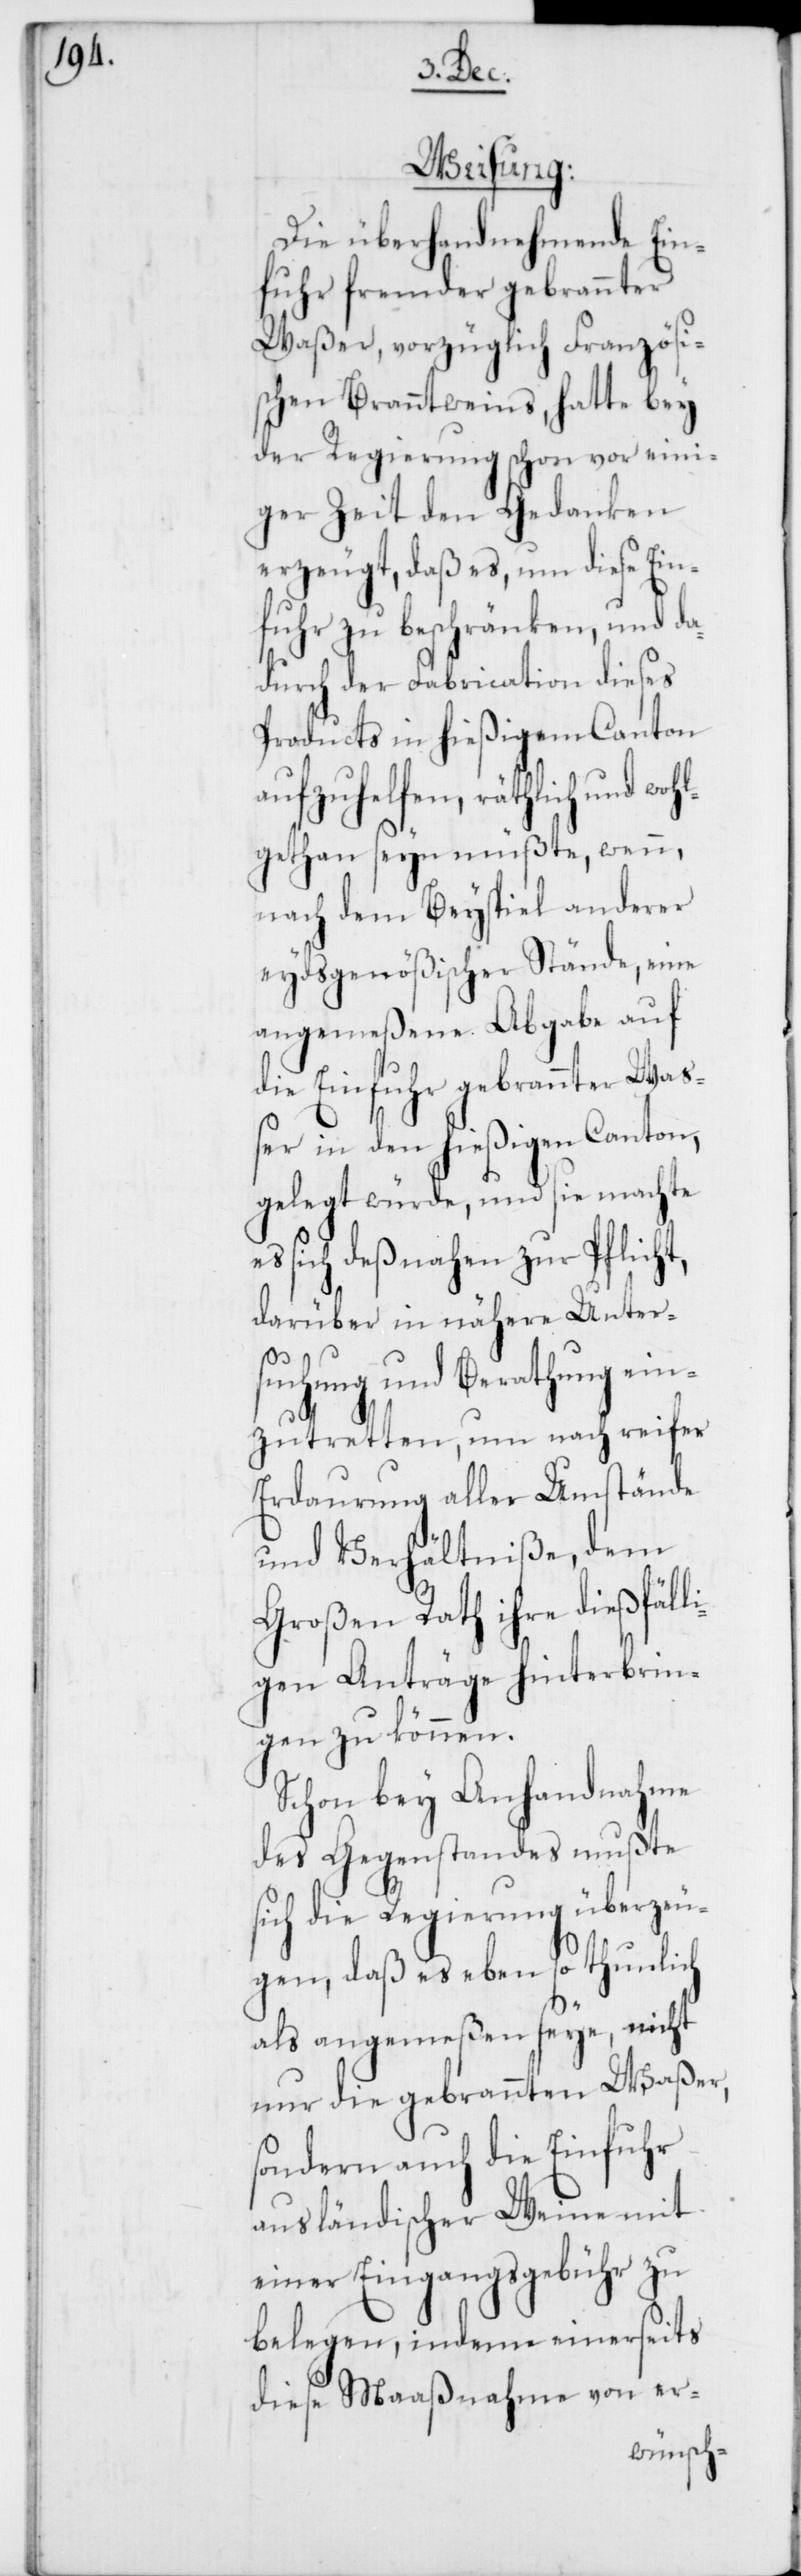
Weisung.
Die überhandnehmende Ein¬
fuhr fremder gebrannter
Waßer, vorzüglich Französi¬
schen Branntweins, hatte bey
der Regierung schon vor eini¬
ger Zeit den Gedanken
erzeugt, daß es, um diese Ein¬
fuhr zu beschränken, und da¬
durch der Fabrication dieses
Products in hießigem Canton
aufzuhelfen, räthlich und
gethan seyn müßte, wenn,
nach dem Beyspiel anderer
eydsgenößischer Stände, eine
angemeßene Abgabe auf
die Einfuhr gebrannter Wa¬
ßer in den hießigen Canton,
gelegt würde, und sie machte
es sich deßnahen zur Pflicht,
darüber in nähere Unter¬
suchung und Berathung ein¬
zutretten, um nach reifer
Erdaurung aller Umstände
und Verhältniße, dem
Großen Rath ihre dießfäll¬
igen Anträge hinterbrin¬
gen zu können.
Schon bey Anhandnahme
des Gegenstandes mußte
sich die Regierung überzeu¬
gen, daß es eben so thunlich
als angemeßen seye, nicht
nur die gebrannten Waßer,
sondern auch die Einfuhr
ausländischer Weine mit
einer Eingangsgebühr zu
belegen, indeme einerseits
diese Maaßnahme von er-
wohl¬